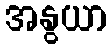
အနွယာ